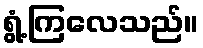
ရွံ့ကြလေသည်။